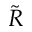
\tilde { R }